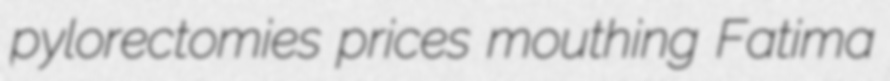
pylorectomies prices mouthing Fatima